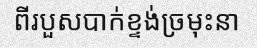
ពីរបួសបាក់ខ្ទង់ច្រមុះនា